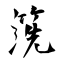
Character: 箲